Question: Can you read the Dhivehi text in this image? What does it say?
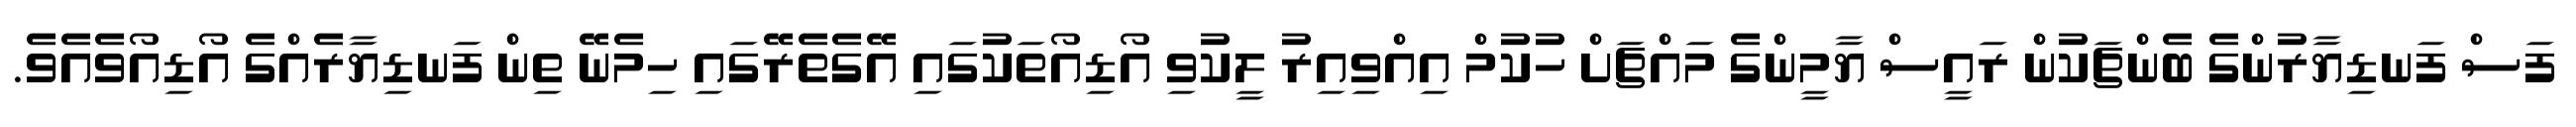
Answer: ފަސް ފަނޑިޔާރުންގެ ބެންޗަކުން ރައީސް ޔާމީންގެ މައްޗަށް ހުކުމް އިއްވިއިރު ލީކުވި އޯޑިއޯތަކުގައި އޭގެތެރޭގައި ހިމެނޭ ތިން ފަނޑިޔާރެއްގެ އޯޑިއޯވެއެވެ.